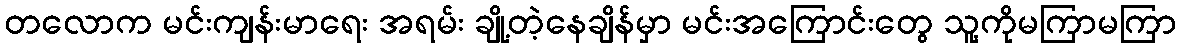
တလောက မင်းကျန်းမာရေး အရမ်း ချို့တဲ့နေချိန်မှာ မင်းအကြောင်းတွေ သူ့ကိုမကြာမကြာ